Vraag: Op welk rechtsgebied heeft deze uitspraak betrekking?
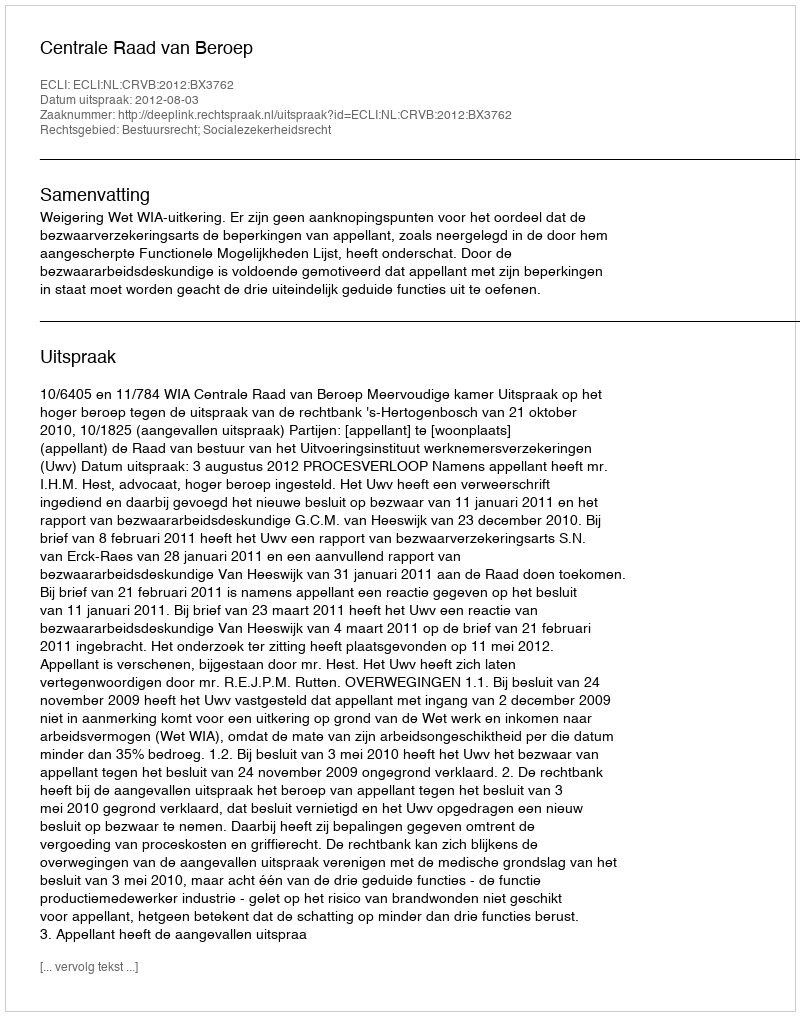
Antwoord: Bestuursrecht; Socialezekerheidsrecht